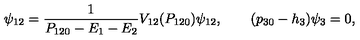
\psi _ { 1 2 } = { \frac { 1 } { P _ { 1 2 0 } - E _ { 1 } - E _ { 2 } } } V _ { 1 2 } ( P _ { 1 2 0 } ) \psi _ { 1 2 } , \qquad ( p _ { 3 0 } - h _ { 3 } ) \psi _ { 3 } = 0 ,